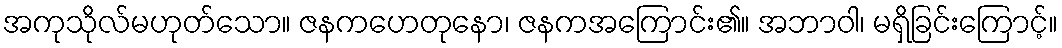
အကုသိုလ်မဟုတ်သော။ ဇနကဟေတုနော၊ ဇနကအကြောင်း၏။ အဘာဝါ၊ မရှိခြင်းကြောင့်။